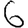
Digit: 6